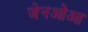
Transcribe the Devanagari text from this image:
जेनओआ